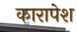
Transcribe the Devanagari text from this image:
कारापेश